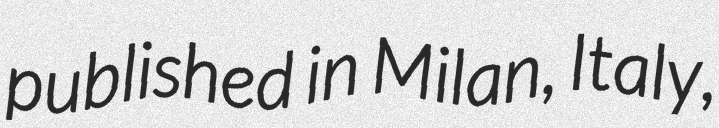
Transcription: published in Milan, Italy,